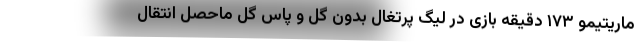
ماریتیمو ۱۷۳ دقیقه بازی در لیگ پرتغال بدون گل و پاس گل ماحصل انتقال